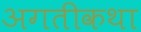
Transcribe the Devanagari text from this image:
अगतीकथा